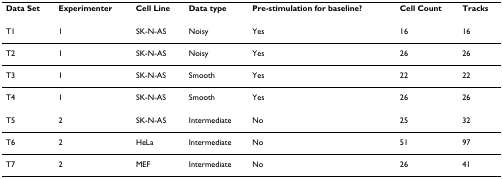
<table><thead><tr><td><b>Data Set</b></td><td><b>Experimenter</b></td><td><b>Cell Line</b></td><td><b>Data type</b></td><td><b>Pre-stimulation for baseline?</b></td><td><b>Cell Count</b></td><td><b>Tracks</b></td></tr></thead><tbody><tr><td>T1</td><td>1</td><td>SK-N-AS</td><td>Noisy</td><td>Yes</td><td>16</td><td>16</td></tr><tr><td>T2</td><td>1</td><td>SK-N-AS</td><td>Noisy</td><td>Yes</td><td>26</td><td>26</td></tr><tr><td>T3</td><td>1</td><td>SK-N-AS</td><td>Smooth</td><td>Yes</td><td>22</td><td>22</td></tr><tr><td>T4</td><td>1</td><td>SK-N-AS</td><td>Smooth</td><td>Yes</td><td>26</td><td>26</td></tr><tr><td>T5</td><td>2</td><td>SK-N-AS</td><td>Intermediate</td><td>No</td><td>25</td><td>32</td></tr><tr><td>T6</td><td>2</td><td>HeLa</td><td>Intermediate</td><td>No</td><td>51</td><td>97</td></tr><tr><td>T7</td><td>2</td><td>MEF</td><td>Intermediate</td><td>No</td><td>26</td><td>41</td></tr></tbody></table>